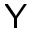
\textsf { Y }